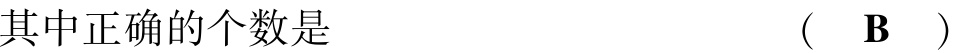
其中正确的个数是 （  $\mathbf{B}$  ）